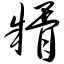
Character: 糈